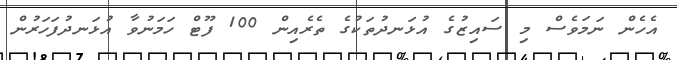
އެހެން ނަމަވެސް މި ސައިޒުގެ އުޅަނދުތަކުގެ ތެރެއިން 100 ފޫޓް ހަމަނުވާ އުޅަނދުފަހަރުން